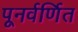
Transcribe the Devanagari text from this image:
पूनर्वर्णित